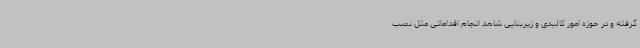
گرفته و در حوزه امور کالبدی و زیربنایی شاهد انجام اقداماتی مثل نصب